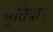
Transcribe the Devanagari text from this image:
भृतिदार